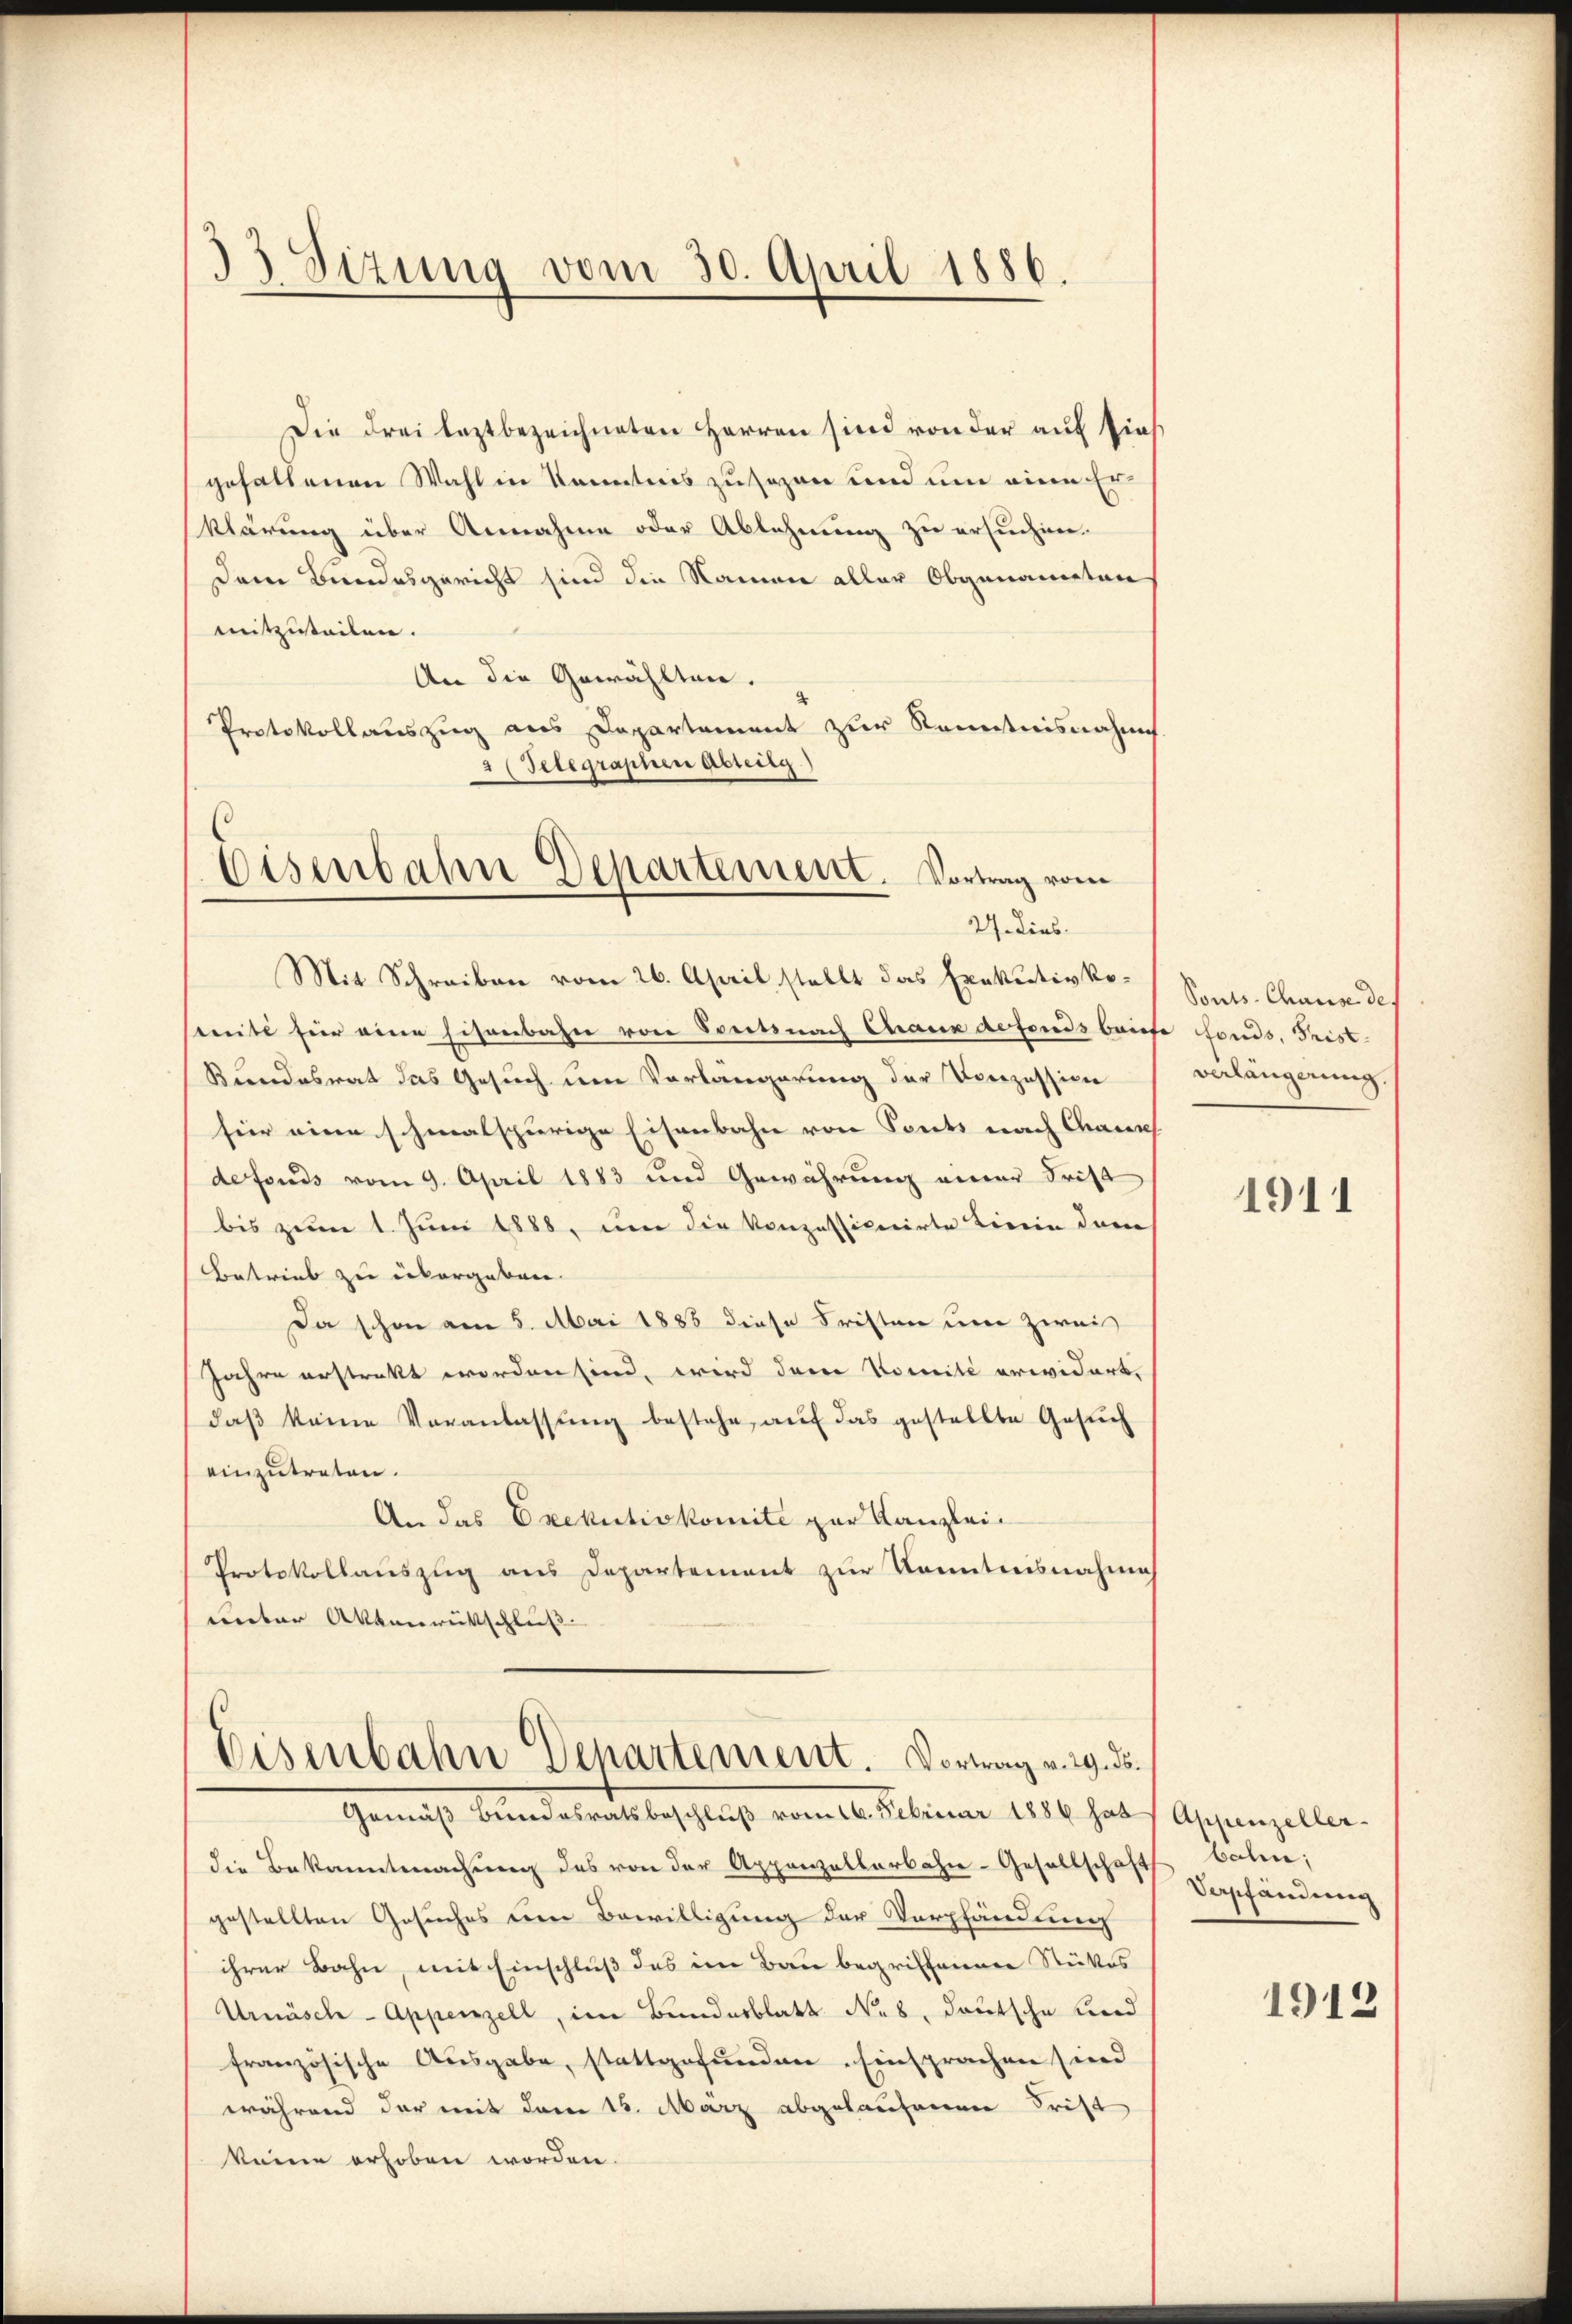
33 Sizung vom 30. April 1886.

Die drei leztbezeichneten Herren sind von der auf sies
gehaltenen Wahl in Kenntnis zusagen und um eine Erklärung über Annahme oder Ablehnung zu ersuchen.
Dem Bundesgericht sind die Namen aller Obgenannten
mitzuteilen.
An die Gewählten.
Protokollauszug aus Departement zur Kenntnisnahme
2 (Telegraphen Abteilg.)
Mit Schreiben vom 26. April stellt das Exekutivko-Sonts Chause de
seite für eine Eisenbahn von Seitsnach Chaux defonds briefe fonds, Frist-
Bundesrat das Gesuch um Vorlängerung der Konzession
für eine schmalspurige Eisenbahn von Sonts nach Chamer
defonds vom 9. April 1883 und Gewährung einer Frist
bis zum 1. Juni 1888, um die Konzessionirte Bierin dem
Betrieb zu übergeben. |
Da schon am 5. Mai 1883 diese Fristen um zwei
Jahre erstrakt worden sind, wird den Komité erwidert.
daß keine Veranlassung bestehe, auf das gestellte Gesuch
einzutreten.
An das Exekutivkomite zur Kanzlei-
Protokollauszug aus Departement zur Kenntnisnahmis
unter Aktenrütschluß
Eisenbahn Departement. Vortrag v. 29. ds.

Eisenbahn Departement. Vortrag vom
24. Dies

Gemäß Bundesratsbeschluß vom 16. Februar 1886 hat Appenzeller-
die Bekanntmachung des von der Appenzellerbahn-Gesellschaft
gestellten Gesuches um Bewilligung der Verpfändung
ihrer Bahn, mit Einschluß des im Bau begriffenenen Stückes
Urmüsche - Appenzell, im Bundesblatt Nab, deutsche und
französische Ausgabe, stattgefunden Einsprachen sind
während der mit dem 15. März abgelaufenen Frist
keine erhoben worden.

verlängerung.

1911

bolen,
Vashändung

1912